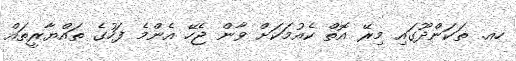
ހއ. ތަކަންދޫގައި މިރޭ އޮތް ކެއުމަކަށް ވާން ޖެހޭ އެންމެ ފަހުގެ ތައްޔާރީތައް